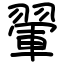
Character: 翬